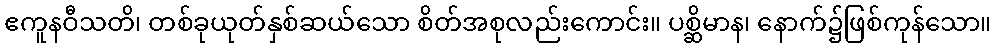
ဧကူနဝီသတိ၊ တစ်ခုယုတ်နှစ်ဆယ်သော စိတ်အစုလည်းကောင်း။ ပစ္ဆိမာန၊ နောက်၌ဖြစ်ကုန်သော။